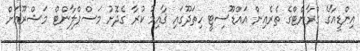
އިންޑީއާގެ ގްރާންޓްގެ ތެރެއިން އައްޑޫސިޓީ ހިތަދޫގައި ޤާއިމު ކުރާ ގެދޮށު މަސްޕްލާންޓް މަޝްރޫޢަށް